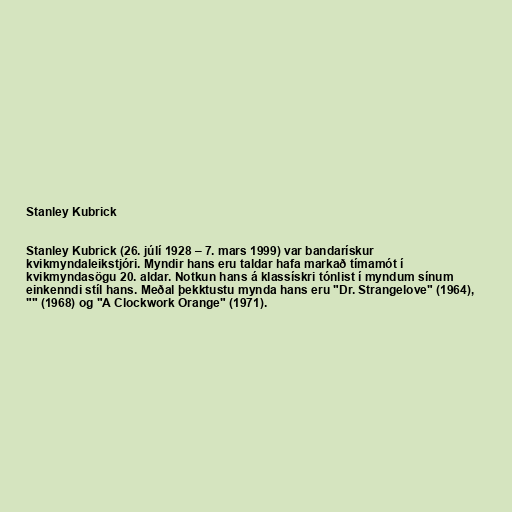
Stanley Kubrick

Stanley Kubrick (26. júlí 1928 – 7. mars 1999) var bandarískur
kvikmyndaleikstjóri. Myndir hans eru taldar hafa markað tímamót í
kvikmyndasögu 20. aldar. Notkun hans á klassískri tónlist í myndum sínum
einkenndi stíl hans. Meðal þekktustu mynda hans eru "Dr. Strangelove" (1964),
"" (1968) og "A Clockwork Orange" (1971).